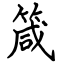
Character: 箴